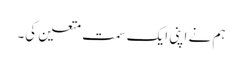
ہم نے اپنی ایک سمت متعین کی۔